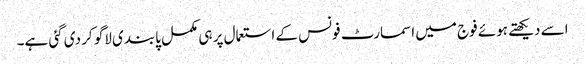
اسے دیکھتے ہوئے فوج میں اسمارٹ فونس کے استعمال پر ہی مکمل پابندی لاگو کر دی گئی ہے۔